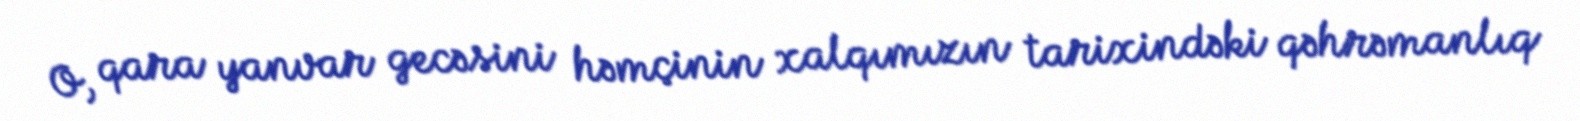
O, qara yanvar gecəsini həmçinin xalqımızın tarixindəki qəhrəmanlıq